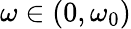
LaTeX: \omega\in(0,\omega_{0})